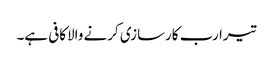
تیرا رب کارسازی کرنے والاکافی ہے۔